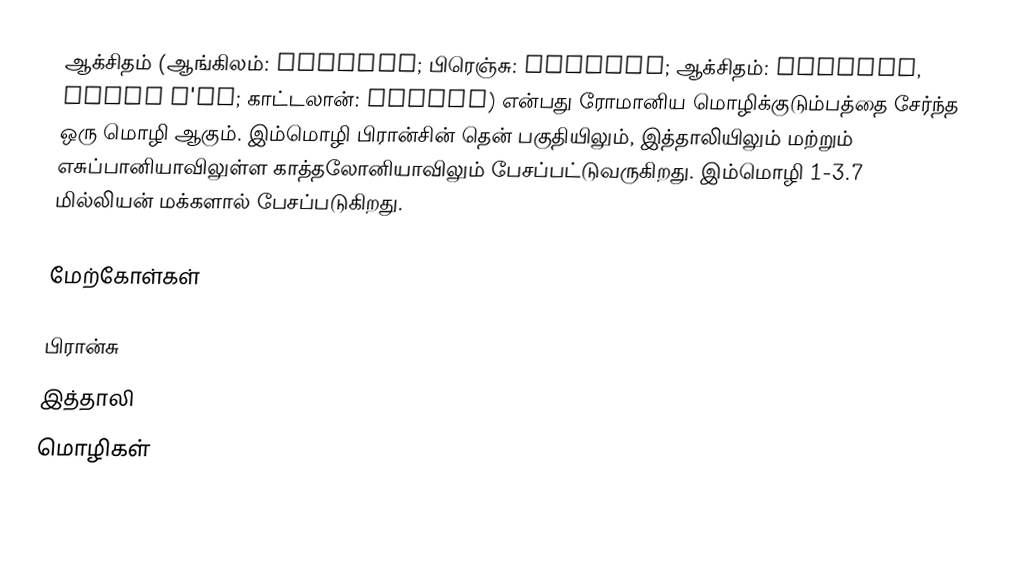
ஆக்சிதம் (ஆங்கிலம்: Occitan; பிரெஞ்சு: Occitan; ஆக்சிதம்: Occitan, Lenga d'òc; காட்டலான்: Occità) என்பது ரோமானிய மொழிக்குடும்பத்தை சேர்ந்த ஒரு மொழி ஆகும். இம்மொழி பிரான்சின் தென் பகுதியிலும், இத்தாலியிலும் மற்றும் எசுப்பானியாவிலுள்ள காத்தலோனியாவிலும் பேசப்பட்டுவருகிறது. இம்மொழி 1-3.7 மில்லியன் மக்களால் பேசப்படுகிறது.

மேற்கோள்கள்

பிரான்சு
இத்தாலி
மொழிகள்